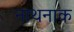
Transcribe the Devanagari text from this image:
नाथनाक